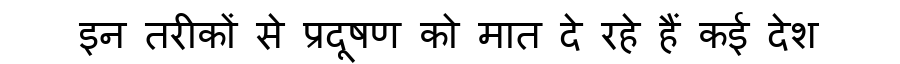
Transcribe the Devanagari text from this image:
इन तरीकों से प्रदूषण को मात दे रहे हैं कई देश